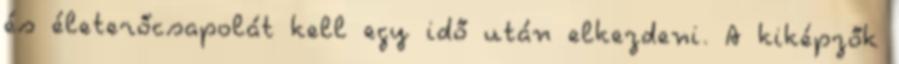
és életerőcsapolát kell egy idő után elkezdeni. A kiképzők